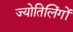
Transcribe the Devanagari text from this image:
ज्योतिलिंगों